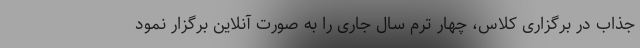
جذاب در برگزاری کلاس، چهار ترم سال جاری را به صورت آنلاین برگزار نمود